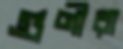
গুণীরা